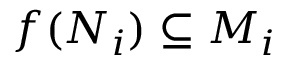
f ( N _ { i } ) \subseteq M _ { i }